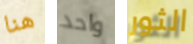
هنا واحد الثور